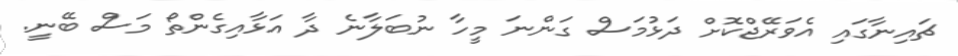
ޗައިނާގައި އެވަރޭޖްކޮށް ދަޅުމަސް ގަންނަ މީހާ ނުބަލާނެ ދާ އަޅާއިގެންތޯ މަސް ބޭނީ.